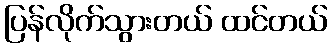
ပြန်လိုက်သွားတယ် ထင်တယ်